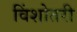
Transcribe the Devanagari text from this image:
विंशोतरी